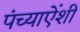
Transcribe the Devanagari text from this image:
पंच्याऐंशी